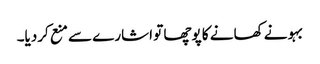
بہو نے کھانے کا پوچھا تو اشارے سے منع کردیا۔